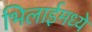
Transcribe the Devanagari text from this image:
भिलाईमध्ये